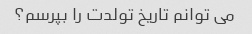
می توانم تاریخ تولدت را بپرسم؟